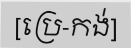
[ប្រេ-កង់]